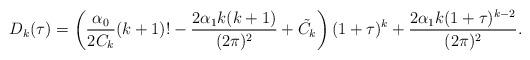
LaTeX: \begin{align*}D_{k}(\tau)=\left(\frac{\alpha_{0}}{2C_{k}}(k+1)!-\frac{2\alpha_{1}k(k+1)}{(2\pi)^{2}}+\tilde{C_{k}}\right)(1+\tau)^{k}+\frac{2\alpha_{1}k(1+\tau)^{k-2}}{(2\pi)^{2}}.\end{align*}